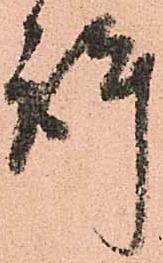
許